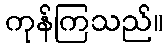
ကုန်ကြသည်။